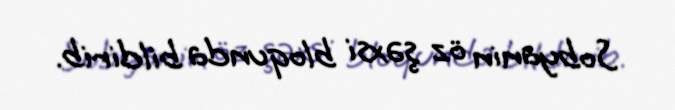
Sobyanin öz şəxsi bloqunda bildirib.